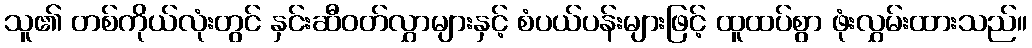
သူ၏ တစ်ကိုယ်လုံးတွင် နှင်းဆီဝတ်လွှာများနှင့် စံပယ်ပန်းများဖြင့် ထူထပ်စွာ ဖုံးလွှမ်းထားသည်။